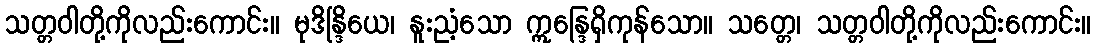
သတ္တဝါတို့ကိုလည်းကောင်း။ မုဒိန္ဒြိယေ၊ နူးညံ့သော ဣန္ဒြေရှိကုန်သော။ သတ္တေ၊ သတ္တဝါတို့ကိုလည်းကောင်း။